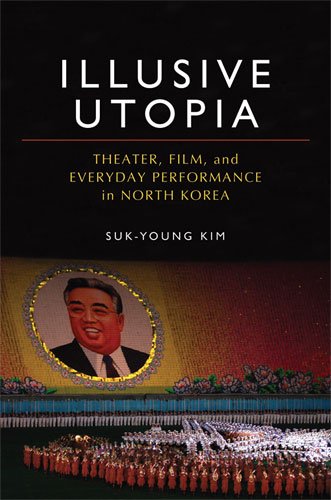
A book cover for Illusive Utopia: Theater, Film, and Everyday Performance in North Korea (Theater: Theory/Text/Performance); Suk-Young Kim; History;